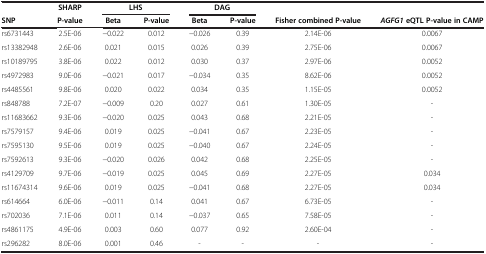
<table><thead><tr><td><b> </b></td><td><b>SHARP</b></td><td colspan="2"><b>LHS</b></td><td colspan="2"><b>DAG</b></td><td><b> </b></td><td><b> </b></td></tr><tr><td><b>SNP</b></td><td><b>P-value</b></td><td><b>Beta</b></td><td><b>P-value</b></td><td><b>Beta</b></td><td><b>P-value</b></td><td><b>Fisher combined P-value</b></td><td><b><i>AGFG1 </i>eQTL P-value in CAMP</b></td></tr></thead><tbody><tr><td>rs6731443</td><td>2.5E-06</td><td>−0.022</td><td>0.012</td><td>−0.026</td><td>0.39</td><td>2.14E-06</td><td>0.0067</td></tr><tr><td>rs13382948</td><td>2.6E-06</td><td>0.021</td><td>0.015</td><td>0.026</td><td>0.39</td><td>2.75E-06</td><td>0.0067</td></tr><tr><td>rs10189795</td><td>3.8E-06</td><td>0.022</td><td>0.012</td><td>0.030</td><td>0.37</td><td>2.97E-06</td><td>0.0052</td></tr><tr><td>rs4972983</td><td>9.0E-06</td><td>−0.021</td><td>0.017</td><td>−0.034</td><td>0.35</td><td>8.62E-06</td><td>0.0052</td></tr><tr><td>rs4485561</td><td>9.8E-06</td><td>0.020</td><td>0.022</td><td>0.034</td><td>0.35</td><td>1.15E-05</td><td>0.0052</td></tr><tr><td>rs848788</td><td>7.2E-07</td><td>−0.009</td><td>0.20</td><td>0.027</td><td>0.61</td><td>1.30E-05</td><td>-</td></tr><tr><td>rs11683662</td><td>9.3E-06</td><td>−0.020</td><td>0.025</td><td>0.043</td><td>0.68</td><td>2.21E-05</td><td>-</td></tr><tr><td>rs7579157</td><td>9.4E-06</td><td>0.019</td><td>0.025</td><td>−0.041</td><td>0.67</td><td>2.23E-05</td><td>-</td></tr><tr><td>rs7595130</td><td>9.5E-06</td><td>0.019</td><td>0.025</td><td>−0.040</td><td>0.67</td><td>2.24E-05</td><td>-</td></tr><tr><td>rs7592613</td><td>9.3E-06</td><td>−0.020</td><td>0.026</td><td>0.042</td><td>0.68</td><td>2.25E-05</td><td>-</td></tr><tr><td>rs4129709</td><td>9.7E-06</td><td>−0.019</td><td>0.025</td><td>0.045</td><td>0.69</td><td>2.27E-05</td><td>0.034</td></tr><tr><td>rs11674314</td><td>9.6E-06</td><td>0.019</td><td>0.025</td><td>−0.041</td><td>0.68</td><td>2.27E-05</td><td>0.034</td></tr><tr><td>rs614664</td><td>6.0E-06</td><td>−0.011</td><td>0.14</td><td>0.041</td><td>0.67</td><td>6.73E-05</td><td>-</td></tr><tr><td>rs702036</td><td>7.1E-06</td><td>0.011</td><td>0.14</td><td>−0.037</td><td>0.65</td><td>7.58E-05</td><td>-</td></tr><tr><td>rs4861175</td><td>4.9E-06</td><td>0.003</td><td>0.60</td><td>0.077</td><td>0.92</td><td>2.60E-04</td><td>-</td></tr><tr><td>rs296282</td><td>8.0E-06</td><td>0.001</td><td>0.46</td><td>-</td><td>-</td><td>-</td><td>-</td></tr></tbody></table>